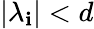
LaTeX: |\lambda_{\mathbf{i}}|<d